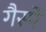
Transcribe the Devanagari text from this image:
गैस्पे